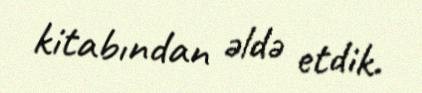
kitabından əldə etdik.